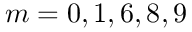
m = { 0 , 1 , 6 , 8 , 9 }